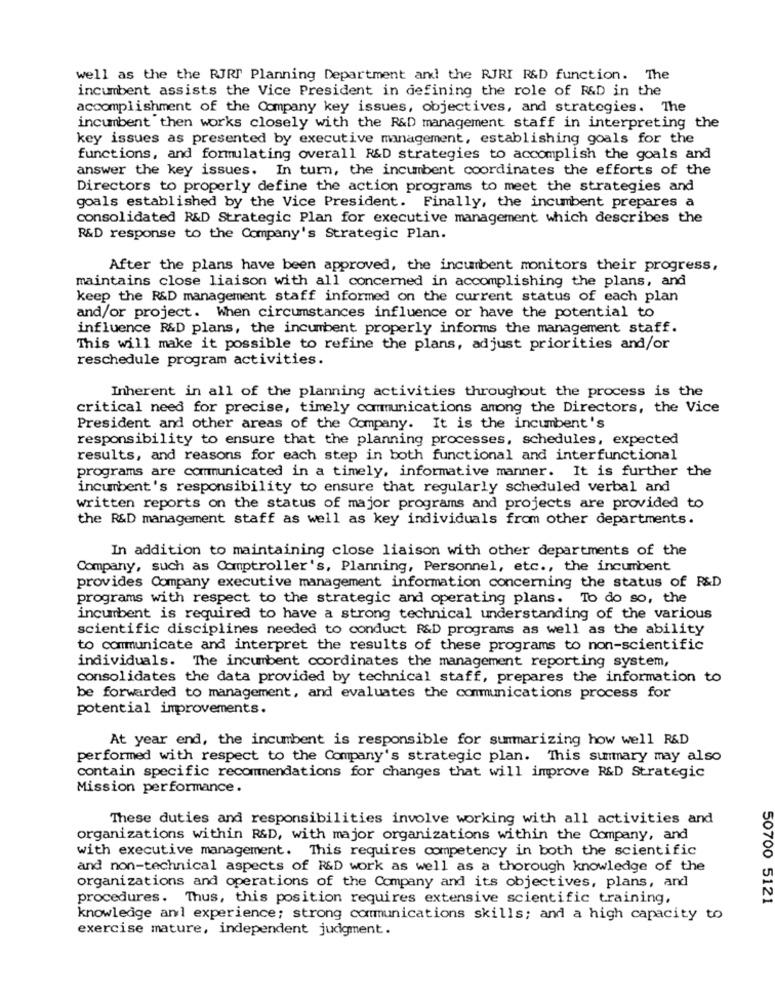
well as the the RJRT Planning Department and the RJRI R&D function. The
incumbent assists the Vice President in defining the role of R&D in the
accomplishment of the Company key issues, objectives, and strategies. The
incumbent then works closely with the R&D management staff in interpreting the
key issues as presented by executive management, establishing goals for the
functions, and formulating overall R&D strategies to accomplish the goals and
answer the key issues. In turn, the incumbent coordinates the efforts of the
Directors to properly define the action programs to meet the strategies and
goals established by the Vice President. Finally, the incumbent prepares a
consolidated R&D Strategic Plan for executive management which describes the
R&D response to the Company's Strategic Plan.
After the plans have been approved, the incumbent monitors their progress,
maintains close liaison with all concerned in accomplishing the plans, and
keep the R&D management staff informed on the current status of each plan
and/or project. When circumstances influence or have the potential to
influence R&D plans, the incumbent properly informs the management staff.
This will make it possible to refine the plans, adjust priorities and/or
reschedule program activities.
Inherent in all of the planning activities throughout the process is the
critical need for precise, timely communications among the Directors, the Vice
President and other areas of the Company. It is the incumbent's
responsibility to ensure that the planning processes, schedules, expected
results, and reasons for each step in both functional and interfunctional
programs are communicated in a timely, informative manner. It is further the
incumbent's responsibility to ensure that regularly scheduled verbal and
written reports on the status of major programs and projects are provided to
the R&D management staff as well as key individuals from other departments.
In addition to maintaining close liaison with other departments of the
Company, such as Comptroller's, Planning, Personnel, etc ., the incumbent
provides Company executive management information concerning the status of R&D
programs with respect to the strategic and operating plans. To do so, the
incumbent is required to have a strong technical understanding of the various
scientific disciplines needed to conduct R&D programs as well as the ability
to communicate and interpret the results of these programs to non-scientific
individuals. The incumbent coordinates the management reporting system,
consolidates the data provided by technical staff, prepares the information to
be forwarded to management, and evaluates the communications process for
potential improvements.
At year end, the incumbent is responsible for summarizing how well R&D
performed with respect to the Company's strategic plan. This summary may also
contain specific recommendations for changes that will improve R&D Strategic
Mission performance.
These duties and responsibilities involve working with all activities and
organizations within R&D, with major organizations within the Company, and
with executive management. This requires competency in both the scientific
and non-technical aspects of R&D work as well as a thorough knowledge of the
organizations and operations of the Company and its objectives, plans, and
procedures. Thus, this position requires extensive scientific training,
50700 5121
knowledge anl experience; strong communications skills; and a high capacity to
exercise mature, independent judgment.